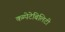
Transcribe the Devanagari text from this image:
कम्पेटेबिलिटी